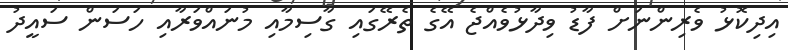
އިދިކޮޅު ވެރިންނަށް ފާޑު ވިދާޅުވެއްޖެ އޭގެ ތެރޭގައި ގާސިމާއި މުނައްވަރާއި ހަސަން ސައީދު